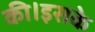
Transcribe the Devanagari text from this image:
की।इसके